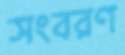
সংবরণ